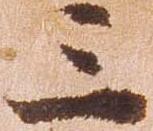
三